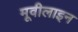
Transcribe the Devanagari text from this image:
मूवीलाइन